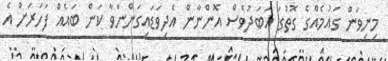
މިނިވަން ގައުމެއްގެ ގޮތުގަ އަބަދުވެސް އޮންނާން އެދިވަޑައިގަންނަވާ ކަން ބައެއް ފަހަރަށް އެ